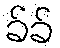
ခ်ခ်